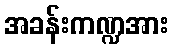
အခန်းကဏ္ဍအား